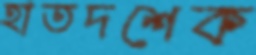
হাতদশেক